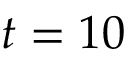
\ensuremath { t } = 1 0